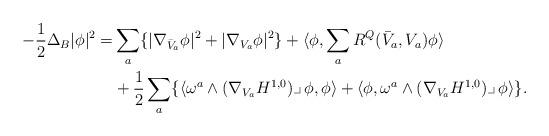
LaTeX: \begin{align*}-\frac12\Delta_B|\phi|^2=&\sum_a\{|\nabla_{\bar V_a}\phi|^2 +|\nabla_{V_a}\phi|^2\} +\langle \phi,\sum_aR^Q(\bar V_a,V_a)\phi\rangle\\ &+\frac12\sum_a\{\langle\omega^a\wedge (\nabla_{V_a}H^{1,0})\lrcorner\,\phi,\phi\rangle +\langle\phi,\omega^a\wedge (\nabla_{V_a}H^{1,0})\lrcorner\,\phi\rangle\}. \end{align*}